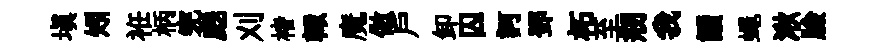
塡矧袵柄完彪刈楮輙魔倣户卸囚訶鄧柘至剏我讀蠅湫臉